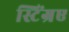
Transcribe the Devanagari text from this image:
स्टिंग्रए